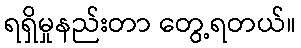
ရရှိမှုနည်းတာ တွေ့ရတယ်။